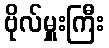
ဗိုလ်မှူးကြီး